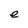
Character: e